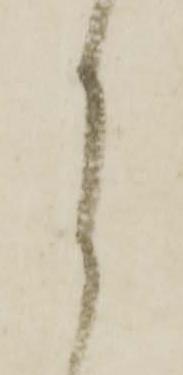
月